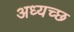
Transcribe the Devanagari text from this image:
अध्यच्छ